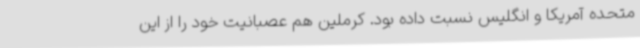
متحده آمریکا و انگلیس نسبت داده بود. کرملین هم عصبانیت خود را از این